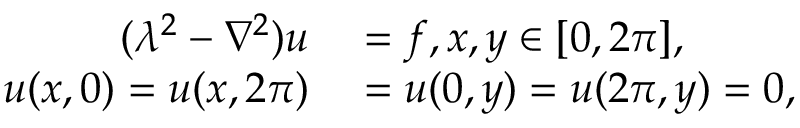
\begin{array} { r l } { ( \lambda ^ { 2 } - \nabla ^ { 2 } ) u } & { { } = f , x , y \in [ 0 , 2 \pi ] , } \\ { u ( x , 0 ) = u ( x , 2 \pi ) } & { { } = u ( 0 , y ) = u ( 2 \pi , y ) = 0 , } \end{array}